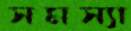
সমস্যা